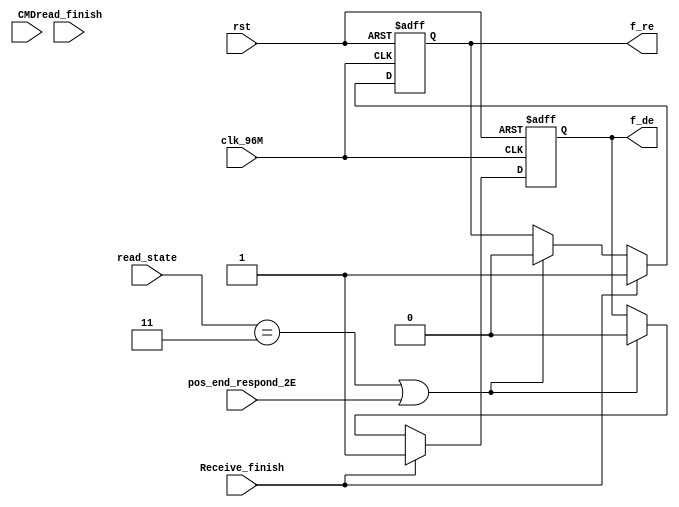
module a1_485_inout(
     input clk_96M,
	  input rst,
	  input [7:0]CMD,
	  input Receive_finish,
     input pos_end_respond_2E,	  
	  input read_finish,
	  input [3:0] read_state,
	  output reg f_re,         //A1_485
	  output reg f_de         //A1_495
    );

always@(posedge clk_96M or posedge rst)
begin
  if(rst) begin f_re<=0;f_de<=0; end
  else
   begin
	  if(Receive_finish)
	   begin
		 f_re<=1;
       f_de<=1;		 
		end
	  else if(read_state==3 || pos_end_respond_2E)
	   begin
		 f_re<=0;
       f_de<=0;		 
		end
	  else
	   begin
		 f_re<=f_re;
       f_de<=f_de;
		end
	end
end
endmodule